Voisiku_vallavalitsus, lk 414
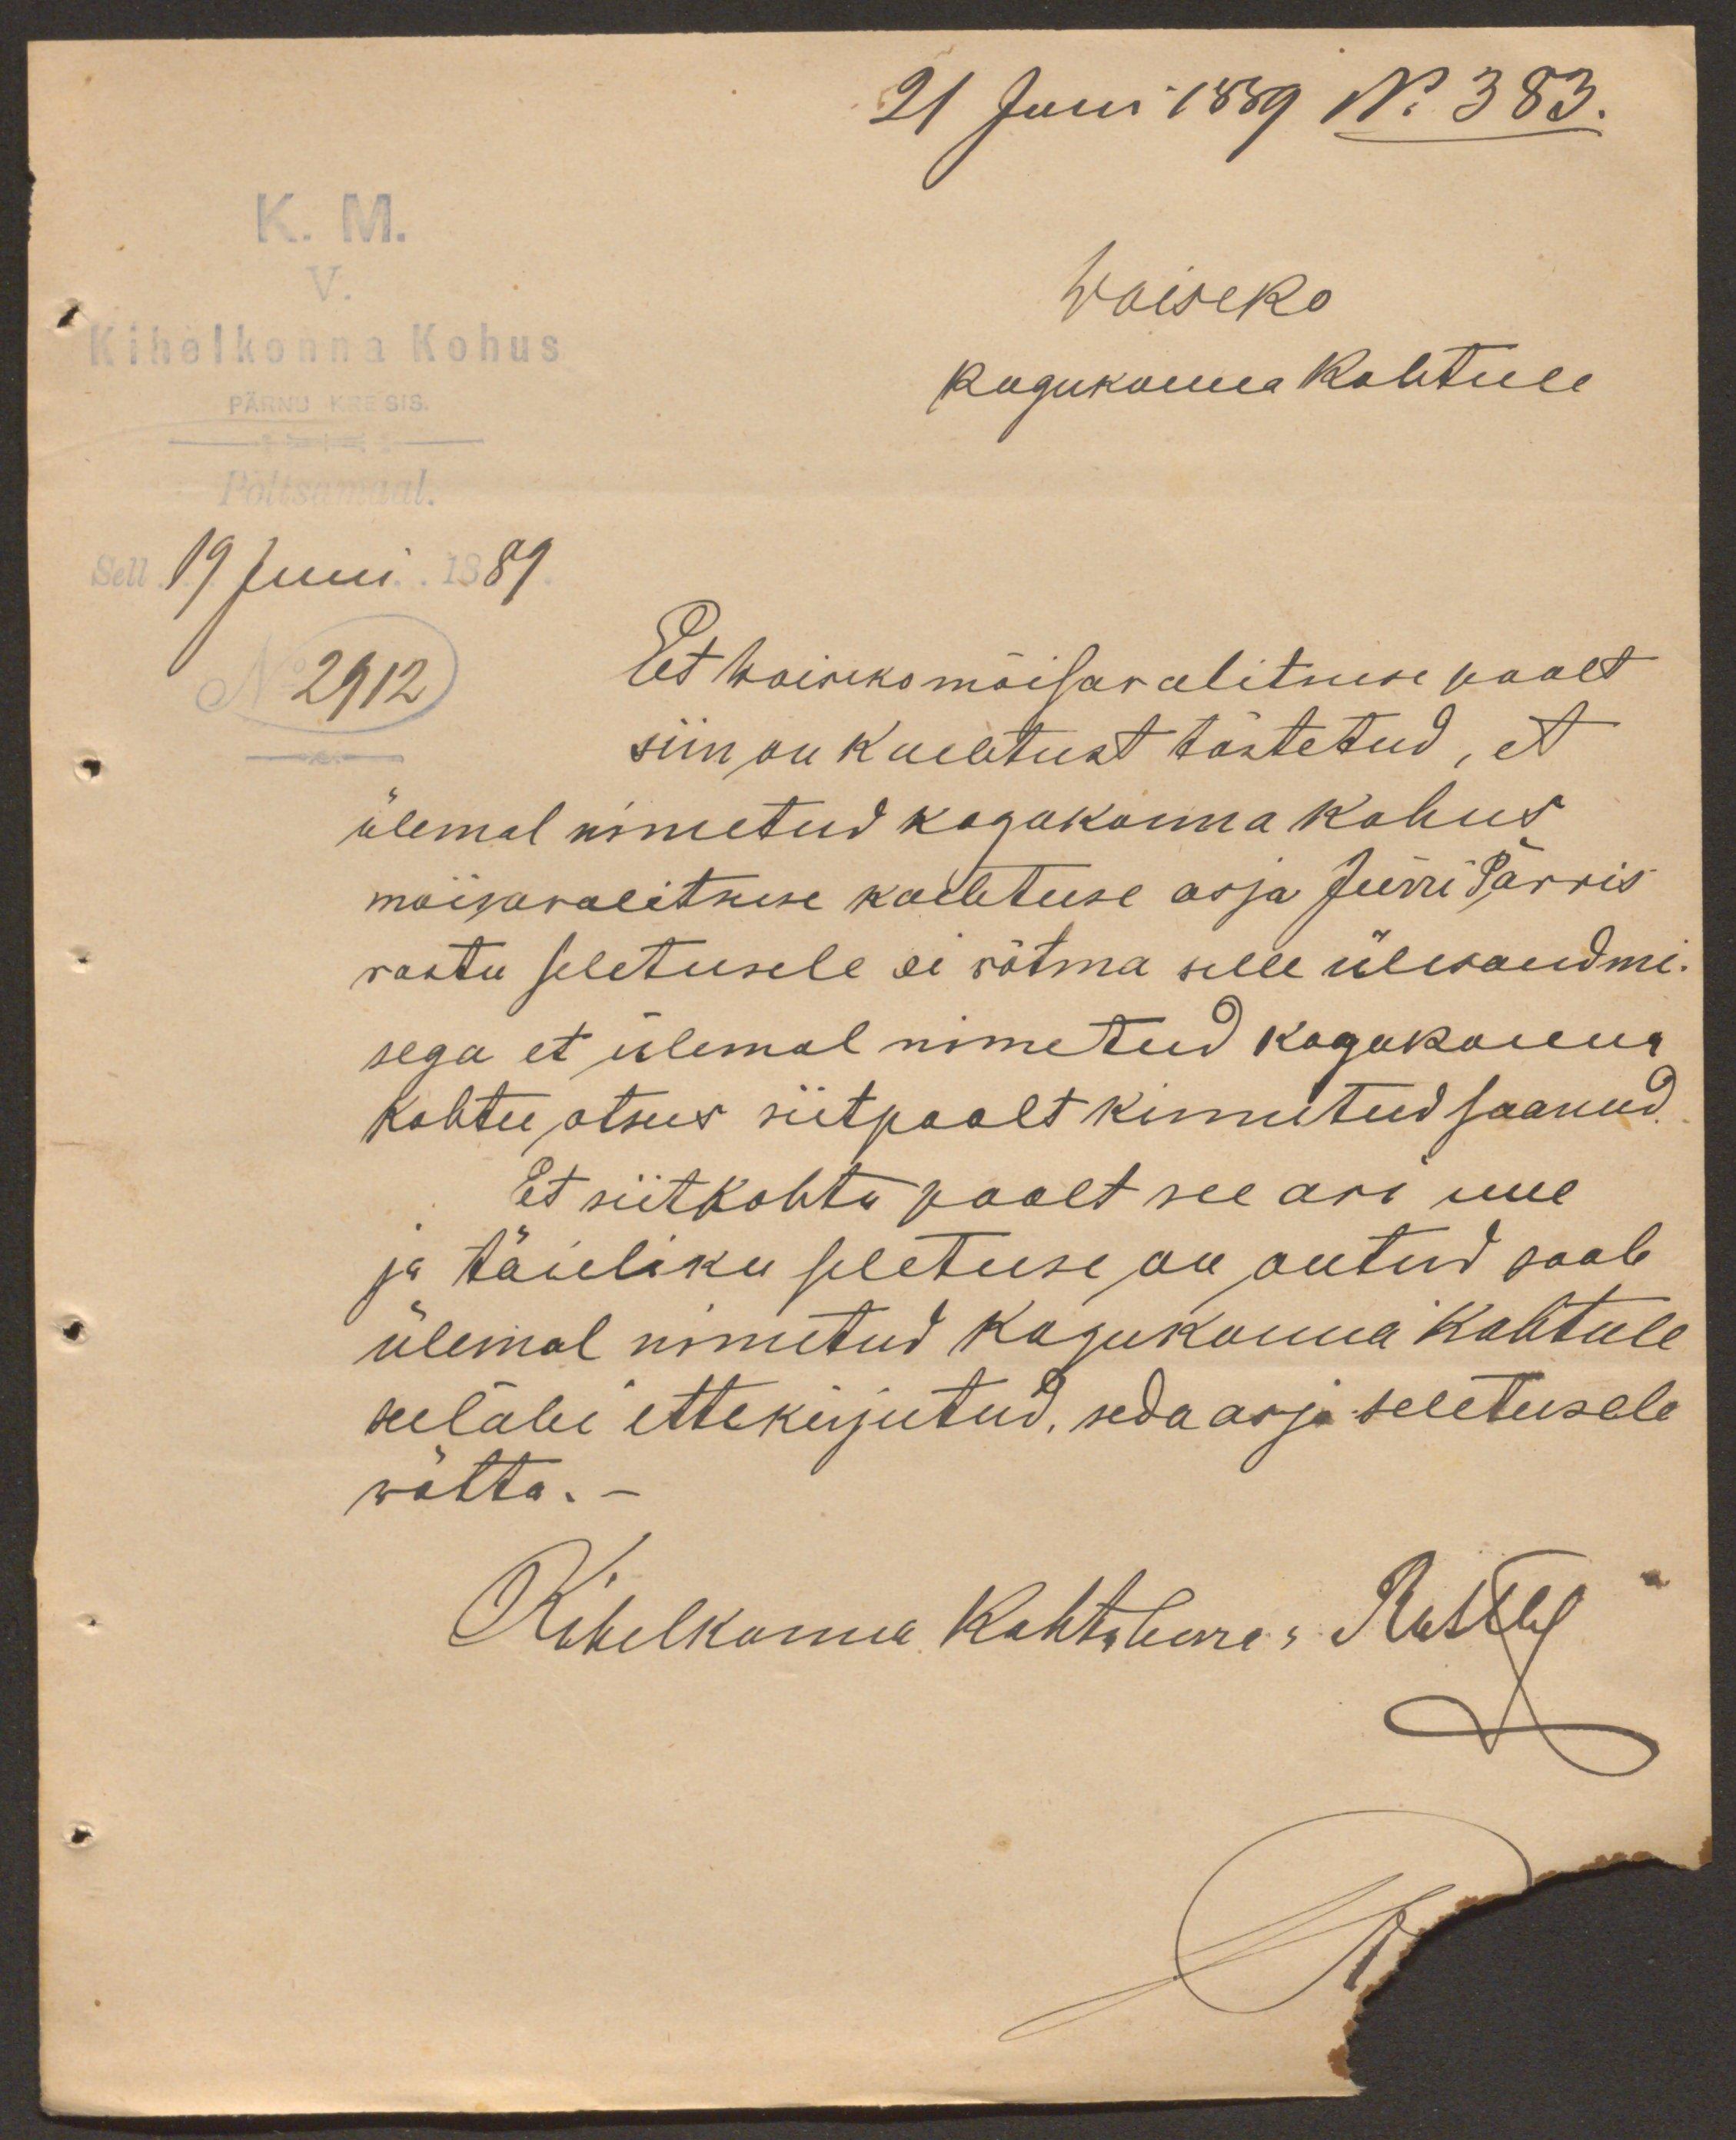
21 Juni 1889 No 383.
K.M.
Woiseko
Kihelkonna Kohus
Kogukonna Kohtule
19 juni 1889
2912
Et Woiseko mõisavalitsuse poolt
siin on kuulutust tõstetud, et
ülemal nimetud kogukonna kohus
mõisawalituse kaebtuse asja Jürri Pärris
vastu seletusele ei võtma selle üleandmi-
sega et ülemal nimetud kogukonna
kohtu otsus siitpoolt kinnitud saanud.
Et siitkohtu poolt see asi uue
ja täieliku seletuse on antud saab
ülemal nimetud kogukonna kohtule
seeläbi ettekirjutud, seda asja seletusele
wõtta.-
Kihelkonna Kohtoherra: Rathby